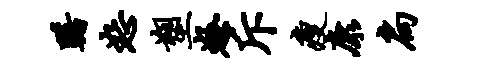
躇恕塑怒斥瘦康扃